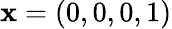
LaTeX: \mathbf{x}=(0,0,0,1)